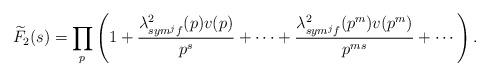
LaTeX: \begin{align*}\widetilde{F}_{2}(s)=\prod_{p}^{} \left(1+\frac{\lambda^{2}_{sym^{j}f}(p)v(p)}{p^{s}}+\cdots+\frac{\lambda^{2}_{sym^{j}f}(p^{m})v(p^{m})}{p^{ms}}+\cdots\right).\end{align*}